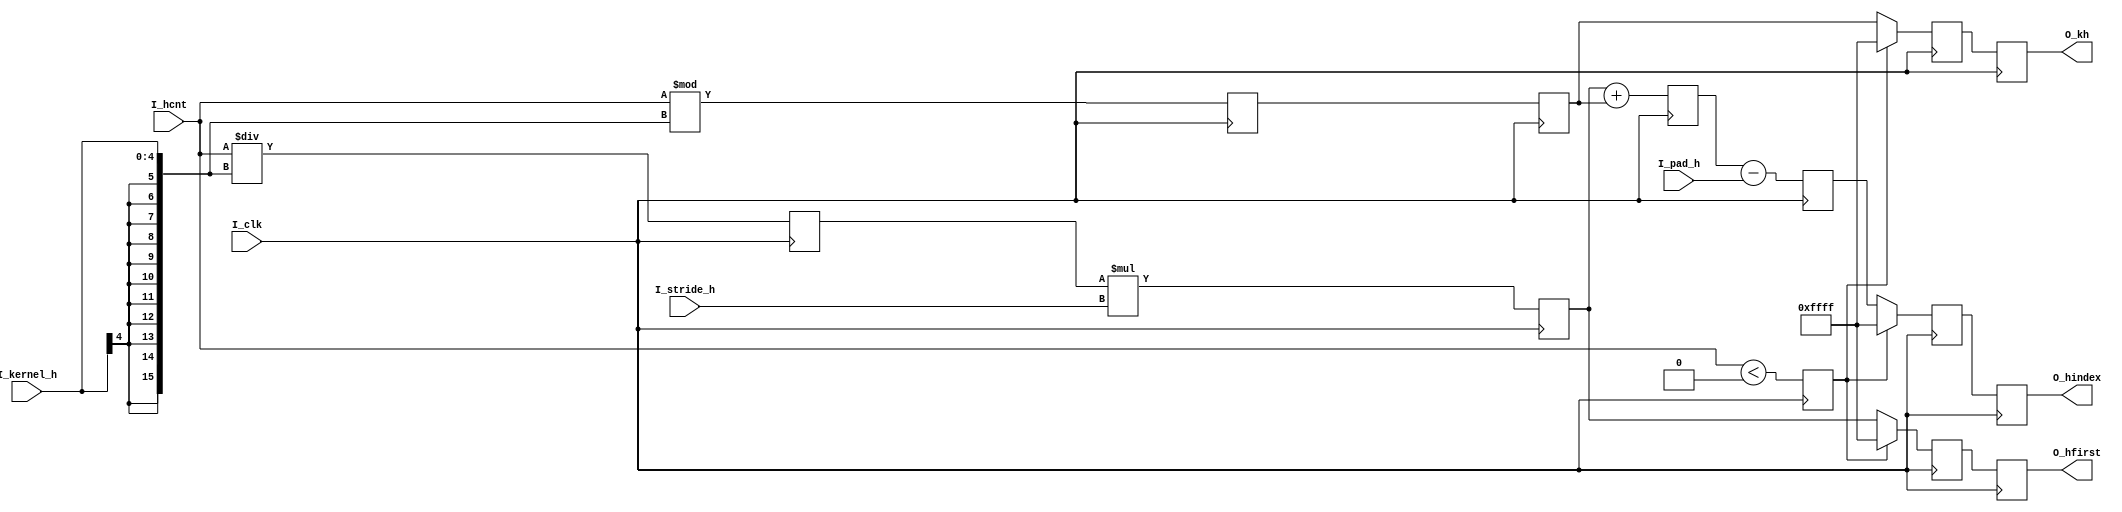
//FILE_HEADER---------------------------------------------------------------------------------------
//ZTE  Copyright (C)
//ZTE Company Confidential
//--------------------------------------------------------------------------------------------------
//Project Name : cnna
//Department   : Technical Planning Department/System Products/ZTE
//--------------------------------------------------------------------------------------------------
//Module Hiberarchy :
//        |--U01_transform_hcnt
//        |--U02_axim_wddr
// cnna --|--U03_axis_reg
//        |--U04_main_process
//--------------------------------------------------------------------------------------------------
//Relaese History :
//--------------------------------------------------------------------------------------------------
//Version         Date           Author        Description
// 1.1           july-30-2019                    
//--------------------------------------------------------------------------------------------------
//Main Function:
//a)Get the data from ddr chip using axi master bus
//b)Write it to the ibuf ram
//--------------------------------------------------------------------------------------------------
//REUSE ISSUES: none
//Reset Strategy: synchronization 
//Clock Strategy: one common clock 
//Critical Timing: none 
//Asynchronous Interface: none 
//END_HEADER----------------------------------------------------------------------------------------
module transform_hcnt #(
parameter 
    C_DSIZE                 = 16    ,
    C_CNV_CH_WIDTH          = 8     , 
    C_CNV_K_WIDTH           = 5     
)(
input                              I_clk           ,
input       [    C_CNV_K_WIDTH-1:0]I_kernel_h      ,
input       [    C_CNV_K_WIDTH-1:0]I_stride_h      ,
input       [    C_CNV_K_WIDTH-1:0]I_pad_h         ,
input       [           C_DSIZE-1:0]I_hcnt         ,
output reg  [           C_DSIZE-1:0]O_hfirst       ,
output reg  [           C_DSIZE-1:0]O_kh           ,
output reg  [           C_DSIZE-1:0]O_hindex        
);

reg                         S_lessthan0                     ; 
reg [           C_DSIZE-1:0]S_hcnt_div_kh                   ;
reg [           C_DSIZE-1:0]S_hcnt_rem_kh                   ;
reg [           C_DSIZE-1:0]S_hfirst                        ; 
reg [           C_DSIZE-1:0]S_kh                            ;
reg [           C_DSIZE-1:0]S_hindex                        ; 
reg [           C_DSIZE-1:0]S_2d_hfirst                     ; 
reg [           C_DSIZE-1:0]S_2d_kh                         ;
reg [           C_DSIZE-1:0]S_2d_hindex                     ; 
reg [           C_DSIZE-1:0]S_3d_hfirst_kh                  ; 
reg [           C_DSIZE-1:0]S_4d_hindex                     ; 

always @(posedge I_clk)begin
    S_hcnt_div_kh   <= $signed(I_hcnt) / $signed(I_kernel_h)        ;
    S_hcnt_rem_kh   <= $signed(I_hcnt) % $signed(I_kernel_h)        ;
    S_2d_hfirst     <= $signed(S_hcnt_div_kh) * $signed(I_stride_h) ;
    S_2d_kh         <= $signed(S_hcnt_rem_kh)                       ; 
    S_3d_hfirst_kh  <= $signed(S_2d_hfirst) + $signed(S_2d_kh)      ;
    S_4d_hindex     <= $signed(S_3d_hfirst_kh) - $signed(I_pad_h)   ;
end

always @(posedge I_clk)begin
    S_lessthan0 <=  $signed(I_hcnt) < $signed(0) ;
end

always @(posedge I_clk)begin
    if(S_lessthan0)begin
        S_hfirst    <= $signed(-1); 
        S_kh        <= $signed(-1);
        S_hindex    <= $signed(-1); 
    end
    else begin
        S_hfirst    <= $signed(S_2d_hfirst  );
        S_kh        <= $signed(S_2d_kh      );
        S_hindex    <= $signed(S_4d_hindex  );
    end
end

always @(posedge I_clk)begin
    O_hfirst    <= S_hfirst   ; 
    O_kh        <= S_kh       ;
    O_hindex    <= S_hindex   ; 
end

////////////////////////////////////////////////////////////////////////////////////////////////////
// Naming specification                                                                         
// (1) w+"xxx" name type , means write clock domain                                             
//        such as wrst,wclk,winc,wdata, wptr, waddr,wfull, and so on                            
////////////////////////////////////////////////////////////////////////////////////////////////////


////////////////////////////////////////////////////////////////////////////////////////////////////
//                                                                                                
//    __    __    __    __    __    __    __    __    __    __    __    __    __    __    __    __
// __|  |__|  |__|  |__|  |__|  |__|  |__|  |__|  |__|  |__|  |__|  |__|  |__|  |__|  |__|  |__|  
//                                                                                                
//                                                                                                
////////////////////////////////////////////////////////////////////////////////////////////////////

endmodule